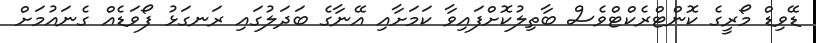
ޑޭވިޑް މޯރީގެ ކޮންޓްރެކްޓްވެސް ބާތިލުކޮށްފައިވާ ކަމަށާއި އޭނާގެ ބަދަލުގައި ރަނގަޅު ފޯވަޑެއް ގެނައުމަށް